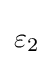
{{{\text{ }}\!\!\varepsilon \!\!{\text{ }}}_{2}}